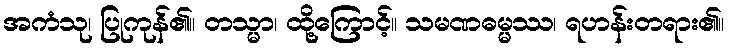
အကံသု၊ ပြုကုန်၏။ တသ္မာ၊ ထို့ကြောင့်။ သမဏဓမ္မဿ၊ ရဟန်းတရား၏။